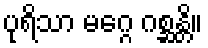
ပုရိသာ မဂ္ဂေ ဂစ္ဆန္တိ။